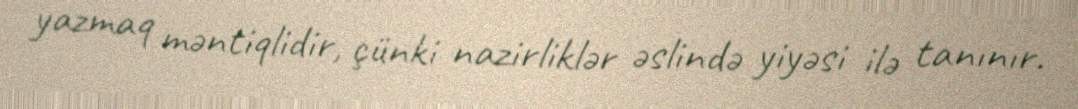
yazmaq məntiqlidir, çünki nazirliklər əslində yiyəsi ilə tanınır.